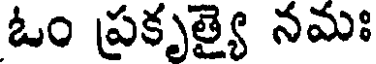
ఓం ప్రకృత్యై నమః